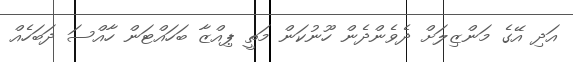
އަދި އޭގެ މަންޒިލަށް ދެވެންދެން ހޫނުކަން މަތީ ޕިއްޒާ ބަހައްޓަން ހާއްސަ ދަބަހެއް